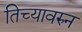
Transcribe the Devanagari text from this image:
तिच्यावरुन